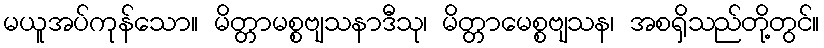
မယူအပ်ကုန်သော။ မိတ္တာမစ္စဗျသနာဒီသု၊ မိတ္တာမေစ္စဗျသန၊ အစရှိသည်တို့တွင်။